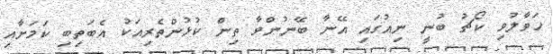
ހަވާލުވި ކޯޗު ބުނީ ނިއުގައި އޭނާ ބޭނުންވާ ތިން ކުޅުންތެރިއަކު އެބަތިބި ކަމަށާއި